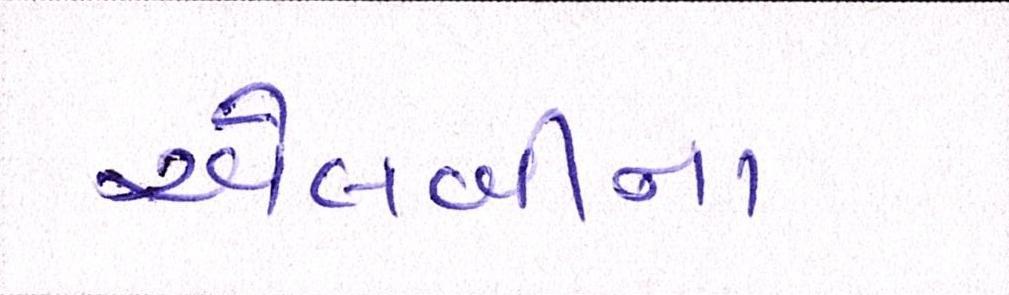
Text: એલબીના